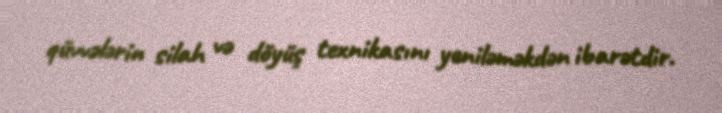
qüvvələrin silah və döyüş texnikasını yeniləməkdən ibarətdir.